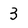
Character: 3